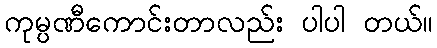
ကုမ္ပဏီကောင်းတာလည်း ပါပါ တယ်။